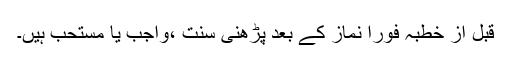
قبل از خطبہ فوراً نماز کے بعد پڑھنی سنت ،واجب یا مستحب ہیں۔